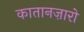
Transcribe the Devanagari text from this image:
कातानज़ारो